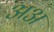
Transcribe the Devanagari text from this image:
अअ